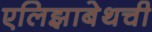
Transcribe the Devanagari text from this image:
एलिझाबेथची